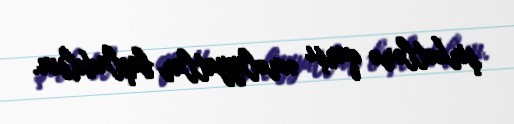
şirkətlərə qarşı əməliyyatlar başladılsın.